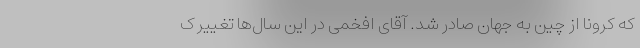
که کرونا از چین به جهان صادر شد. آقای افخمی در این سال‌ها تغییر ک